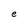
Character: e